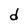
Character: d